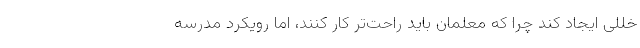
خللی ایجاد کند چرا که معلمان باید راحت‌تر کار کنند، اما رویکرد مدرسه